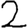
Digit: 2